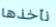
نأخذها